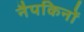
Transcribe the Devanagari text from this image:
नैपकिनों